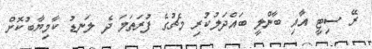
ރޭ ސިޓީ އާއި ބާންލީ ބައްދަލުކުރި މެޗުގެ ފުރަތަމަ ދެ ލަނޑު ކާމިޔާބުކޮށް